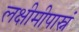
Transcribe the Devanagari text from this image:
लक्षीमीपास्नं